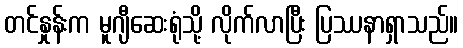
တင်နှုန်းက မူဂျီဆေးရုံသို့ လိုက်လာပြီး ပြဿနာရှာသည်။